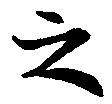
之